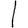
Digit: 1